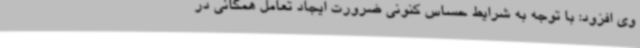
وی افزود: با توجه به شرایط حساس کنونی ضرورت ایجاد تعامل همگانی در